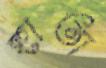
হাতা